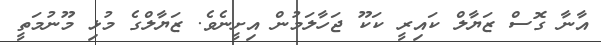
އާނާ ގޮސް ޒަޔާލް ކައިރީ ކަކޫ ޖަހާލަމުން އިށީނެވެ. ޒަޔާލްގެ މުޅި މޫނުމަތީ